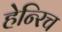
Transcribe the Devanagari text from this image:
हेन्‍रिच